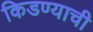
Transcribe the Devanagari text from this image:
किडण्याची